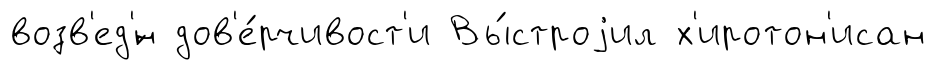
возв'ед'́н дов'е́рчивост'и Вы́строjил х'иротон'исан